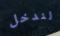
لندخل